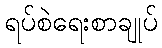
ရပ်စဲရေးစာချုပ်